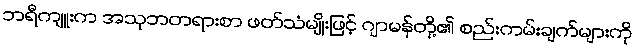
ဘရီကျူးက အသုဘတရားစာ ဖတ်သံမျိုးဖြင့် ဂျာမန်တို့၏ စည်းကမ်းချက်များကို